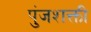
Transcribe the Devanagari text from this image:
पुंजशक्ती